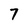
Character: 7